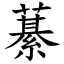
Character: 藄